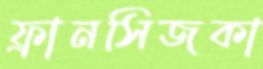
ফ্রানসিজকা